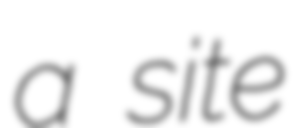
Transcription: a site